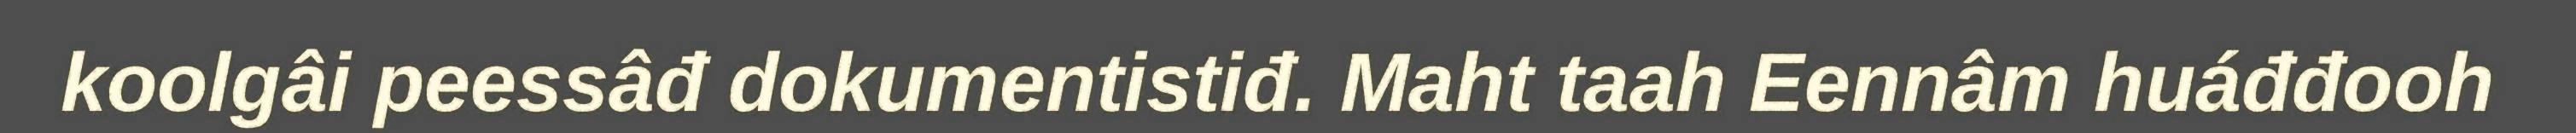
koolgâi peessâđ dokumentistiđ. Maht taah Eennâm huáđđooh